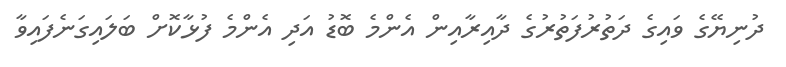
ދުނިޔޭގެ ވައިގެ ދަތުރުފަތުރުގެ ދާއިރާއިން އެންމެ ބޮޑު އަދި އެންމެ ފުޅާކޮށް ބަލައިގަނެފައިވާ